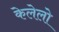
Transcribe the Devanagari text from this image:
केलेलो